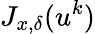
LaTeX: J_{x,\delta}(u^{k})